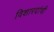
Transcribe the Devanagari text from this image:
विशारदांची